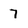
Character: 7